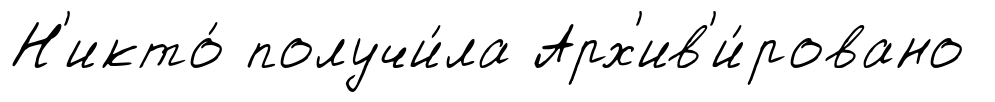
Н'икто́ получи́ла Арх'ив'и́ровано